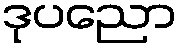
ဒုပညော